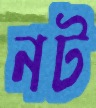
নট